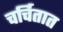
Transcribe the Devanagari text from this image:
चर्चितात